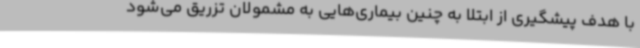
با هدف پیشگیری از ابتلا به چنین بیماری‌هایی به مشمولان تزریق می‌شود